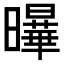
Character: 𭨋